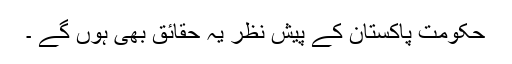
حکومت پاکستان کے پیش نظر یہ حقائق بھی ہوں گے ۔